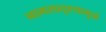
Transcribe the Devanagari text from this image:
नामसादृश्यामुळं